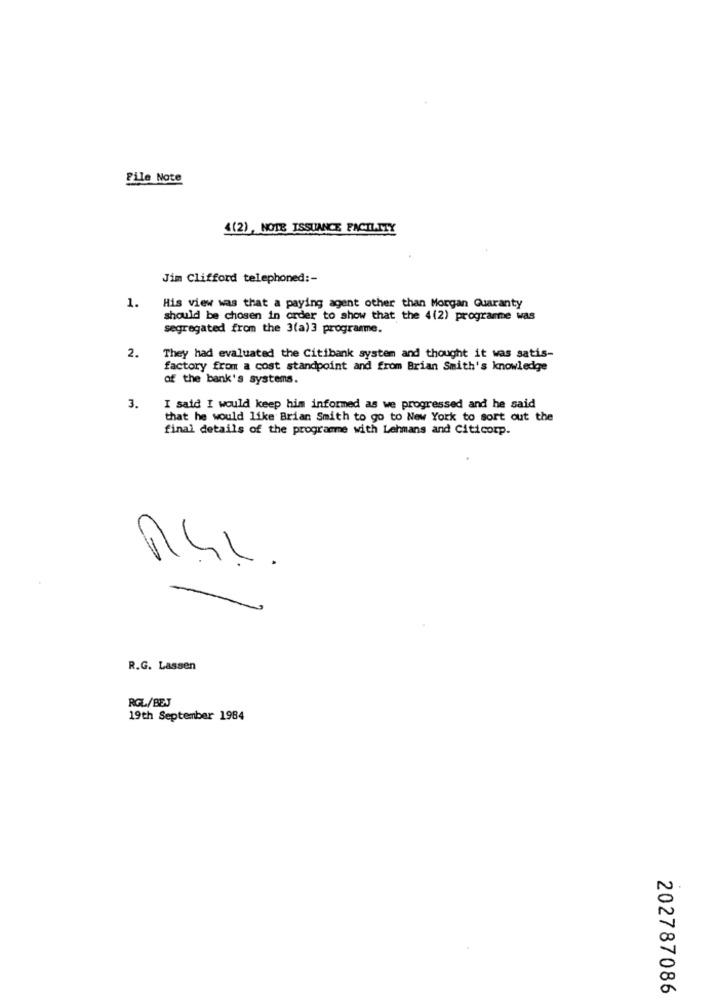
File Note
4(2) , NOTE ISSUANCE FACILITY
Jim Clifford telephoned :-
1.
His view was that a paying agent other than Morgan Quaranty
should be chosen in order to show that the 4(2) programme was
segregated from the 3(a) 3 programme.
2.
They had evaluated the Citibank system and thought it was satis-
factory from a cost standpoint and from Brian Smith's knowledge
of the bank's systems.
3.
I said I would keep him informed as we progressed and he said
that he would like Brian Smith to go to New York to sort out the
final details of the programme with Lehmans and Citicorp.
R4.L.
-
R.G. Lassen
RGL/BEJ
19th September 1984
202787086